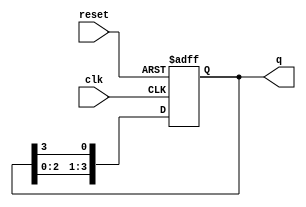
module bistable_ring_counter (
    input wire clk,          // Clock signal
    input wire reset,        // Asynchronous reset signal
    output reg [N-1:0] q     // Output state of the counter
);
    parameter N = 4;         // Number of flip-flops (can be adjusted)

    // Initial state of the counter
    initial begin
        q = 4'b0001;         // Initialize the counter to 0001
    end

    always @(posedge clk or posedge reset) begin
        if (reset) begin
            q <= 4'b0001;     // Reset the counter to 0001
        end else begin
            // Shift the '1' bit around the ring
            q <= {q[N-2:0], q[N-1]}; // Shift left and wrap around
        end
    end
endmodule